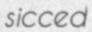
sicced